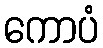
ကောပံ